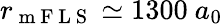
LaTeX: r_{\mathrm{~m~F~L~S~}}\simeq 1300\ a_{0}